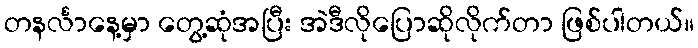
တနင်္လာနေ့မှာ တွေ့ဆုံအပြီး အဲဒီလိုပြောဆိုလိုက်တာ ဖြစ်ပါတယ်။